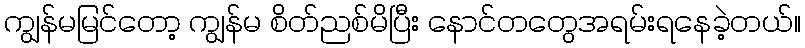
ကျွန်မမြင်တော့ ကျွန်မ စိတ်ညစ်မိပြီး နောင်တတွေအရမ်းရနေခဲ့တယ်။